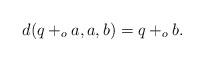
LaTeX: \begin{align*} d (q +_o a, a, b) = q +_o b. \end{align*}